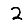
Digit: 2